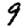
Digit: 9